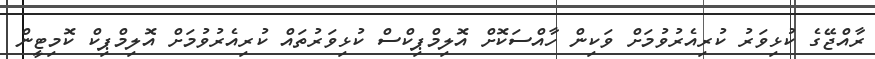
ރާއްޖޭގެ ކުޅިވަރު ކުރިއެރުވުމަށް ވަކިން ހާއްސަކޮށް އޮލިމްޕިކްސް ކުޅިވަރުތައް ކުރިއެރުވުމަށް އޮލިމްޕިކް ކޮމިޓީން